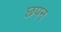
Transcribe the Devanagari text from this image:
छपन